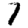
Digit: 7